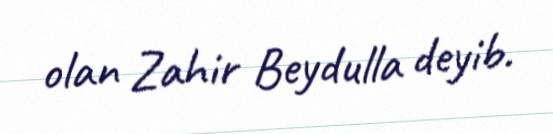
olan Zahir Beydulla deyib.